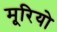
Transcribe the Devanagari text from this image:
मूरियो